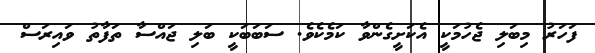
ފަހަރު މިބަލި ޖެހުމަކީ އެކަށީގެންވާ ކަމެކެވެ. ސަބަބަކީ ބަލި ޖައްސާ ތަފާތު ވައިރަސް